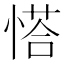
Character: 𢟉